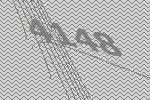
4148